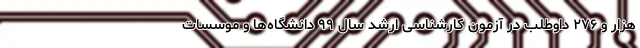
هزار و ۲۷۶ داوطلب در آزمون کارشناسی ارشد سال ۹۹ دانشگاه‌ها و موسسات